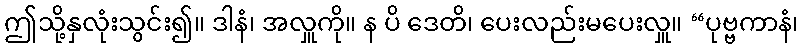
ဤသို့နှလုံးသွင်း၍။ ဒါနံ၊ အလှူကို။ န ပိ ဒေတိ၊ ပေးလည်းမပေးလှူ။ “ပုဗ္ဗကာနံ၊